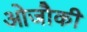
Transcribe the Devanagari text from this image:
ओजौकी